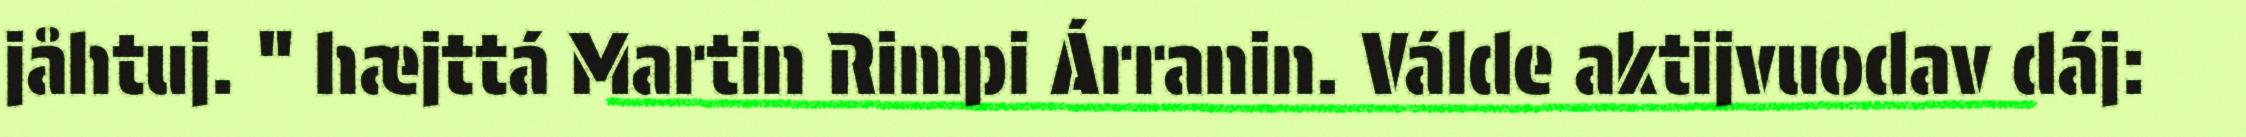
jåhtuj. " hæjttá Martin Rimpi Árranin. Válde aktijvuodav dáj: